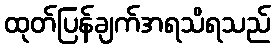
ထုတ်ပြန်ချက်အရသိရသည်